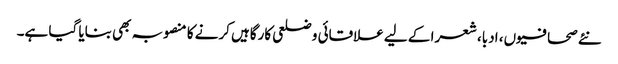
نئے صحافیوں، ادبا، شعرا کے لیے علاقائی و ضلعی کارگاہیں کرنے کا منصوبہ بھی بنایا گیا ہے۔